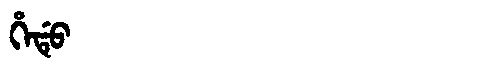
Manchu: ᡥᡝᡩᡠ
Romanization: HEDU